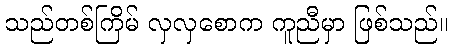
သည်တစ်ကြိမ် လှလှစောက ကူညီမှာ ဖြစ်သည်။